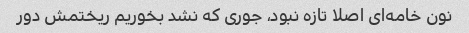
نون خامه‌ای اصلا تازه نبود، جوری که نشد بخوریم ریختمش دور